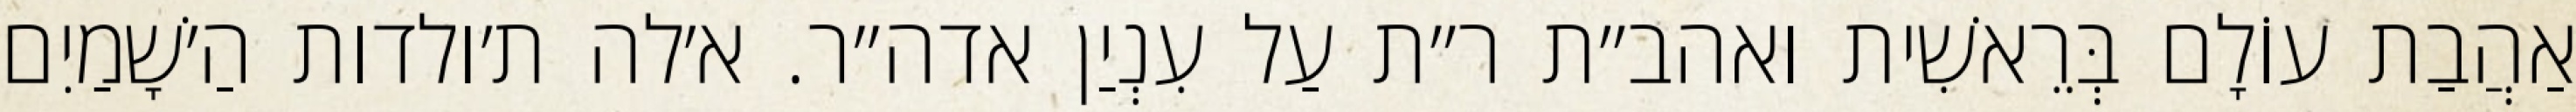
אַהֲבַת עוֹלָם בְּרֵאשִׁית ואהב״ת ר״ת עַל עִנְיַן אדה״ר. א׳לה ת׳ולדות הַ׳שָׁמַיִם